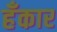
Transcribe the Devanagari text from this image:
हँकार